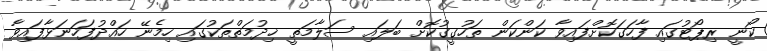
ކޯނީ ރިޕޯޓުގައި ފާހަގަކޮށްފައިވާ ކަންކަން ތަހުގީގުކޮށް ބަލައި ސަލާމަތީ ޚިދުމަތްތަކުގައި ހިމެނޭ ހައްދުފަހަނަޅާފައިވާ